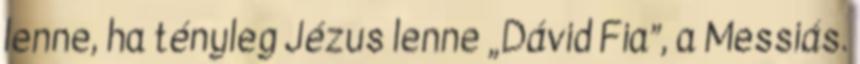
lenne, ha tényleg Jézus lenne „Dávid Fia”, a Messiás.